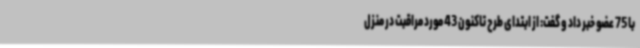
با 75 عضو خبر داد و گفت: از ابتدای طرح تاکنون 43 مورد مراقبت در منزل